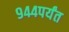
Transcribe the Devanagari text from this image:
९४४पर्यंत